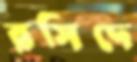
রসিদে